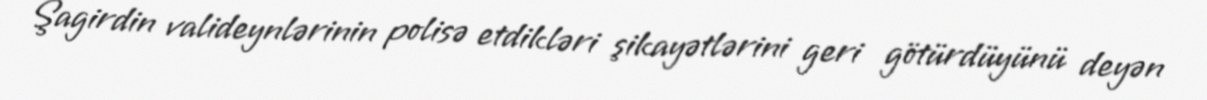
Şagirdin valideynlərinin polisə etdikləri şikayətlərini geri götürdüyünü deyən